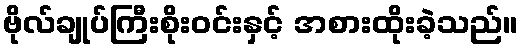
ဗိုလ်ချုပ်ကြီးစိုးဝင်းနှင့် အစားထိုးခဲ့သည်။